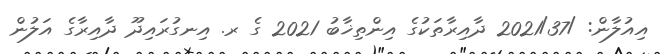
އިއުލާން: /2021/37 ދާއިރާތަކުގެ އިންތިޚާބު 2021 ގެ ރ. އިނގުރައިދޫ ދާއިރާގެ އަލުން